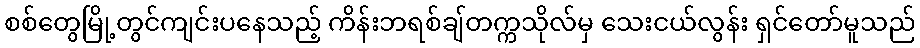
စစ်တွေမြို့တွင်ကျင်းပနေသည့် ကိန်းဘရစ်ချ်တက္ကသိုလ်မှ သေးငယ်လွန်း ရှင်တော်မူသည်